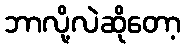
ဘာလို့လဲဆိုတော့